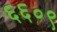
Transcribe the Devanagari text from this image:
६६०९